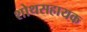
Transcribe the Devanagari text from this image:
शोथसहायक